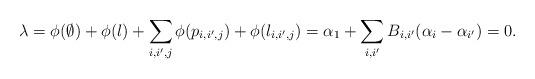
LaTeX: \begin{align*} \lambda=\phi(\emptyset)+\phi(l)+\sum_{i,i',j} \phi(p_{i,i',j})+\phi(l_{i,i',j})=\alpha_1+\sum_{i,i'} B_{i,i'}(\alpha_i-\alpha_{i'})=0.\end{align*}